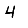
Digit: 4